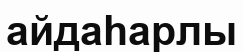
айдаһарлы